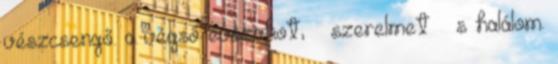
vészcsengő. a végső évszakot, – szerelmet – s halálom.